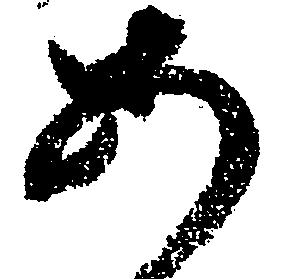
あ